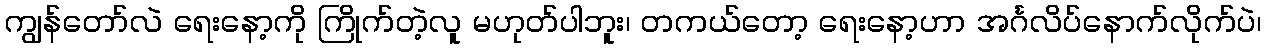
ကျွန်တော်လဲ ရေးနော့ကို ကြိုက်တဲ့လူ မဟုတ်ပါဘူး၊ တကယ်တော့ ရေးနော့ဟာ အင်္ဂလိပ်နောက်လိုက်ပဲ၊